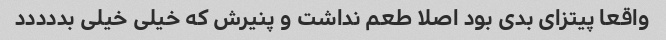
واقعا پیتزای بدی بود اصلا طعم نداشت و پنیرش که خیلی خیلی بددددد